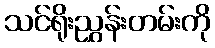
သင်ရိုးညွှန်းတမ်းကို